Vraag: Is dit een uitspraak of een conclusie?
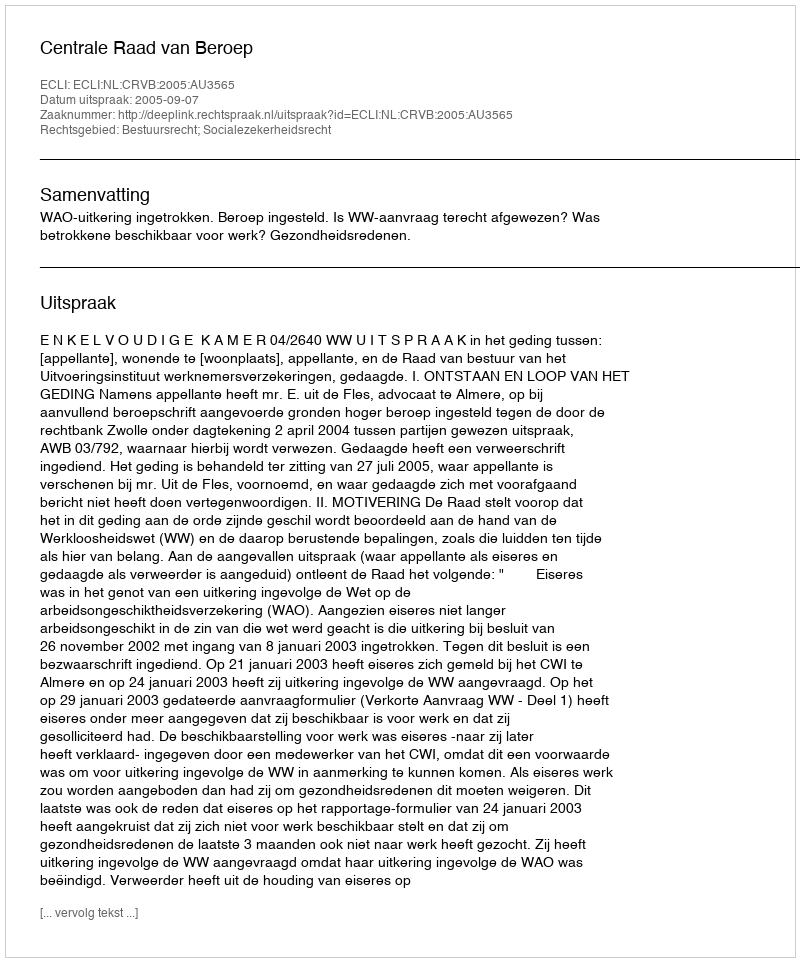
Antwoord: Uitspraak